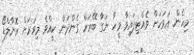
މިހެން. އަވަހަށް ވެއްޓިފައިވާ މީހާ ނަގާ ބޭރަށް ގެންދަން. ކީއްވެ މިވަރަށް ރޮނާލްޑޯ